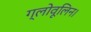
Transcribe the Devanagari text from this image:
ग्लोवूलिन।